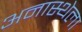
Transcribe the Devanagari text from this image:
अनास्थेला